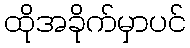
ထိုအခိုက်မှာပင်